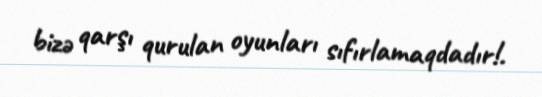
bizə qarşı qurulan oyunları sıfırlamaqdadır!.